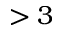
> 3